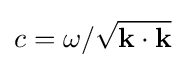
c=\omega /{\sqrt {\mathbf {k} \cdot \mathbf {k} }}